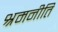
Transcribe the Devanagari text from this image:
श्रमनीति